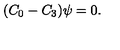
( C _ { 0 } - C _ { 3 } ) \psi = 0 .